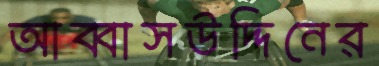
আব্বাসউদ্দিনের